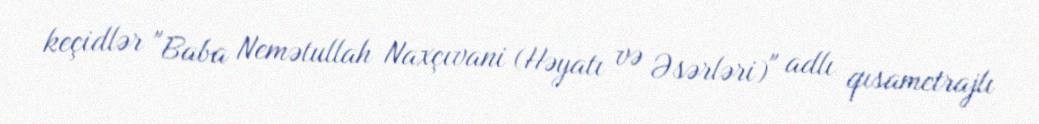
keçidlər "Baba Nemətullah Naxçıvani (Həyatı və Əsərləri)" adlı qısametrajlı